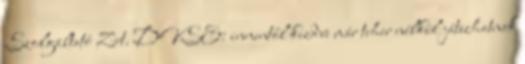
Szolgáltató Zrt. DVSE: innentől kezdve már teher nélkül játszhatnak